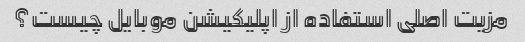
مزیت اصلی استفاده از اپلیکیشن موبایل چیست؟